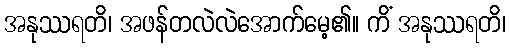
အနုဿရတိ၊ အဖန်တလဲလဲအောက်မေ့၏။ ကိံ အနုဿရတိ၊